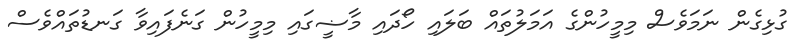
ގުޅިގެން ނަމަވެސް މިމީހުންގެ އަމަލުތައް ބަލައި ހޯދައި މާޟީގައި މިމީހުން ގަނެފައިވާ ގަނޑުތައްވެސް